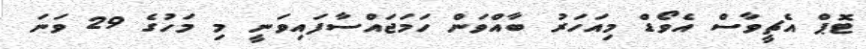
ޓޮޕް އެޗީވާސް އެވޯޑް މިއަހަރު ބާއްވަން ހަމަޖައްސާފައިވަނީ މި މަހުގެ 29 ވަނަ